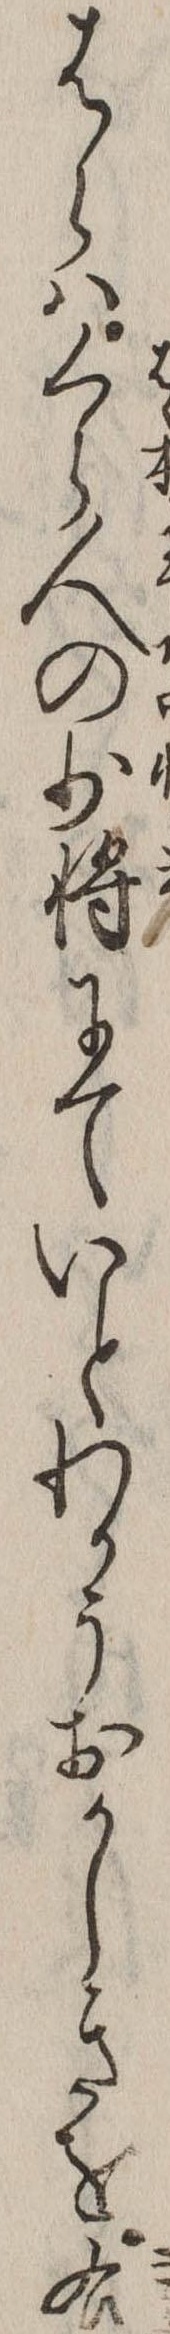
はらはくら人の少将にていとわかうおかしきを右